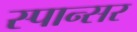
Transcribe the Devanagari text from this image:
स्पान्सर